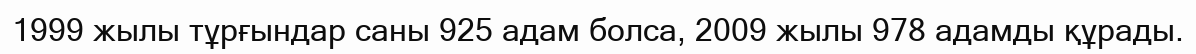
1999 жылы тұрғындар саны 925 адам болса, 2009 жылы 978 адамды құрады.